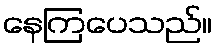
နေကြပေသည်။